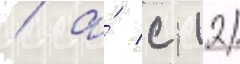
/ а́ с 12